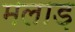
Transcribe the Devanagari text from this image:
मलाड़